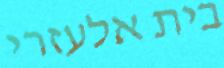
בית אלעזרי